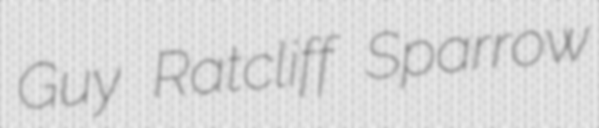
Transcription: Guy Ratcliff Sparrow